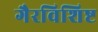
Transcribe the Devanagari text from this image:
गैरविशिष्ट